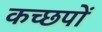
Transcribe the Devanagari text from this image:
कच्छपों